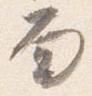
面